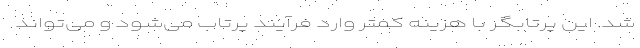
شد. این پرتابگر با هزینه کمتر وارد فرآیند پرتاب می‌شود و می‌تواند